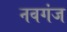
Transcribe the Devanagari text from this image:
नवगंज